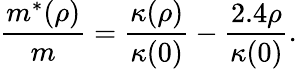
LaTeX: \frac{m^{*}(\rho)}{m}=\frac{\kappa(\rho)}{\kappa(0)}-\frac{2.4\rho}{\kappa(0)}.